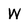
Character: W